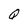
Character: Q